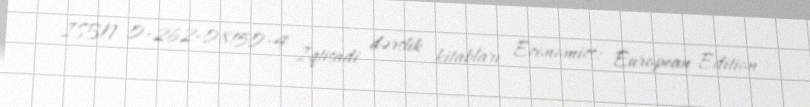
ISBN 0-262-08150-4 İqtisadi dərslik kitabları Economics: European Edition